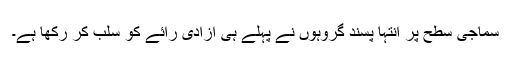
سماجی سطح پر انتہا پسند گروہوں نے پہلے ہی آزادیٔ رائے کو سلب کر رکھا ہے۔